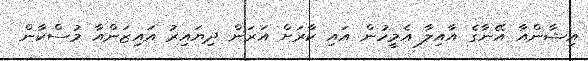
އިޝާންއާ އޭނާގެ އާއިލާ އެމީހުން އައި ކާރަށް އަރަން ދިޔައިރު އައިޒަންއާ މުސްކާން